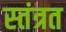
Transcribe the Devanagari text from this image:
स्‍तंत्रत